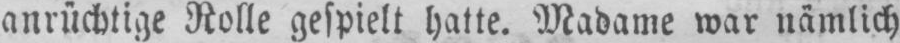
anrüchtige Rolle gespielt hatte. Madame war nämlich